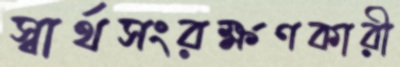
স্বার্থসংরক্ষণকারী